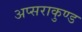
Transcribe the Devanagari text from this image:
अप्सराकुण्ड